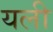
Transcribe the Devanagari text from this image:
यली